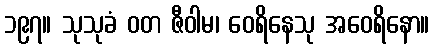
၁၉၇။ သုသုခံ ဝတ ဇီဝါမ၊ ဝေရိနေသု အဝေရိနော။